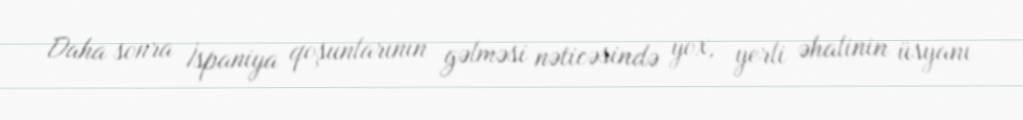
Daha sonra İspaniya qoşunlarının gəlməsi nəticəsində yox, yerli əhalinin üsyanı